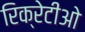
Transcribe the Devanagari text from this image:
रिक्रेटीओ